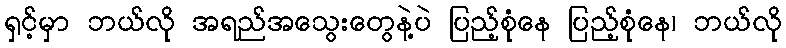
ရှင့်မှာ ဘယ်လို အရည်အသွေးတွေနဲ့ပဲ ပြည့်စုံနေ ပြည့်စုံနေ၊ ဘယ်လို